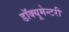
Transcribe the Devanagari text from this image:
डॉक्यूमेन्टरी